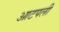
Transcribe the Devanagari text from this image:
आटपली